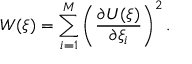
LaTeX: W ( \xi ) = \sum _ { i = 1 } ^ { M } \left( \frac { \partial U ( \xi ) } { \partial \xi _ { i } } \right) ^ { 2 } .